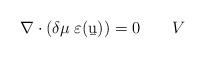
LaTeX: \begin{align*}\nabla\cdot(\delta\mu\;\varepsilon(\b u)) = 0\qquad V \end{align*}